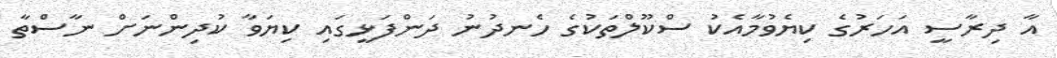
އާ ދިރާސީ އަހަރުގެ ކިޔެވުމާއެކު ސްކޫލްތަކުގެ ހެނދުނު ދަންފަޅީގައި ކިޔަވާ ކުދިންނަށް ނާސްތާ